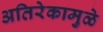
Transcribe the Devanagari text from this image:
अतिरेकामुळे